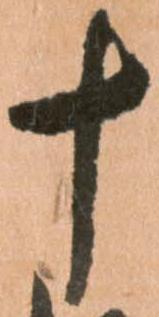
十